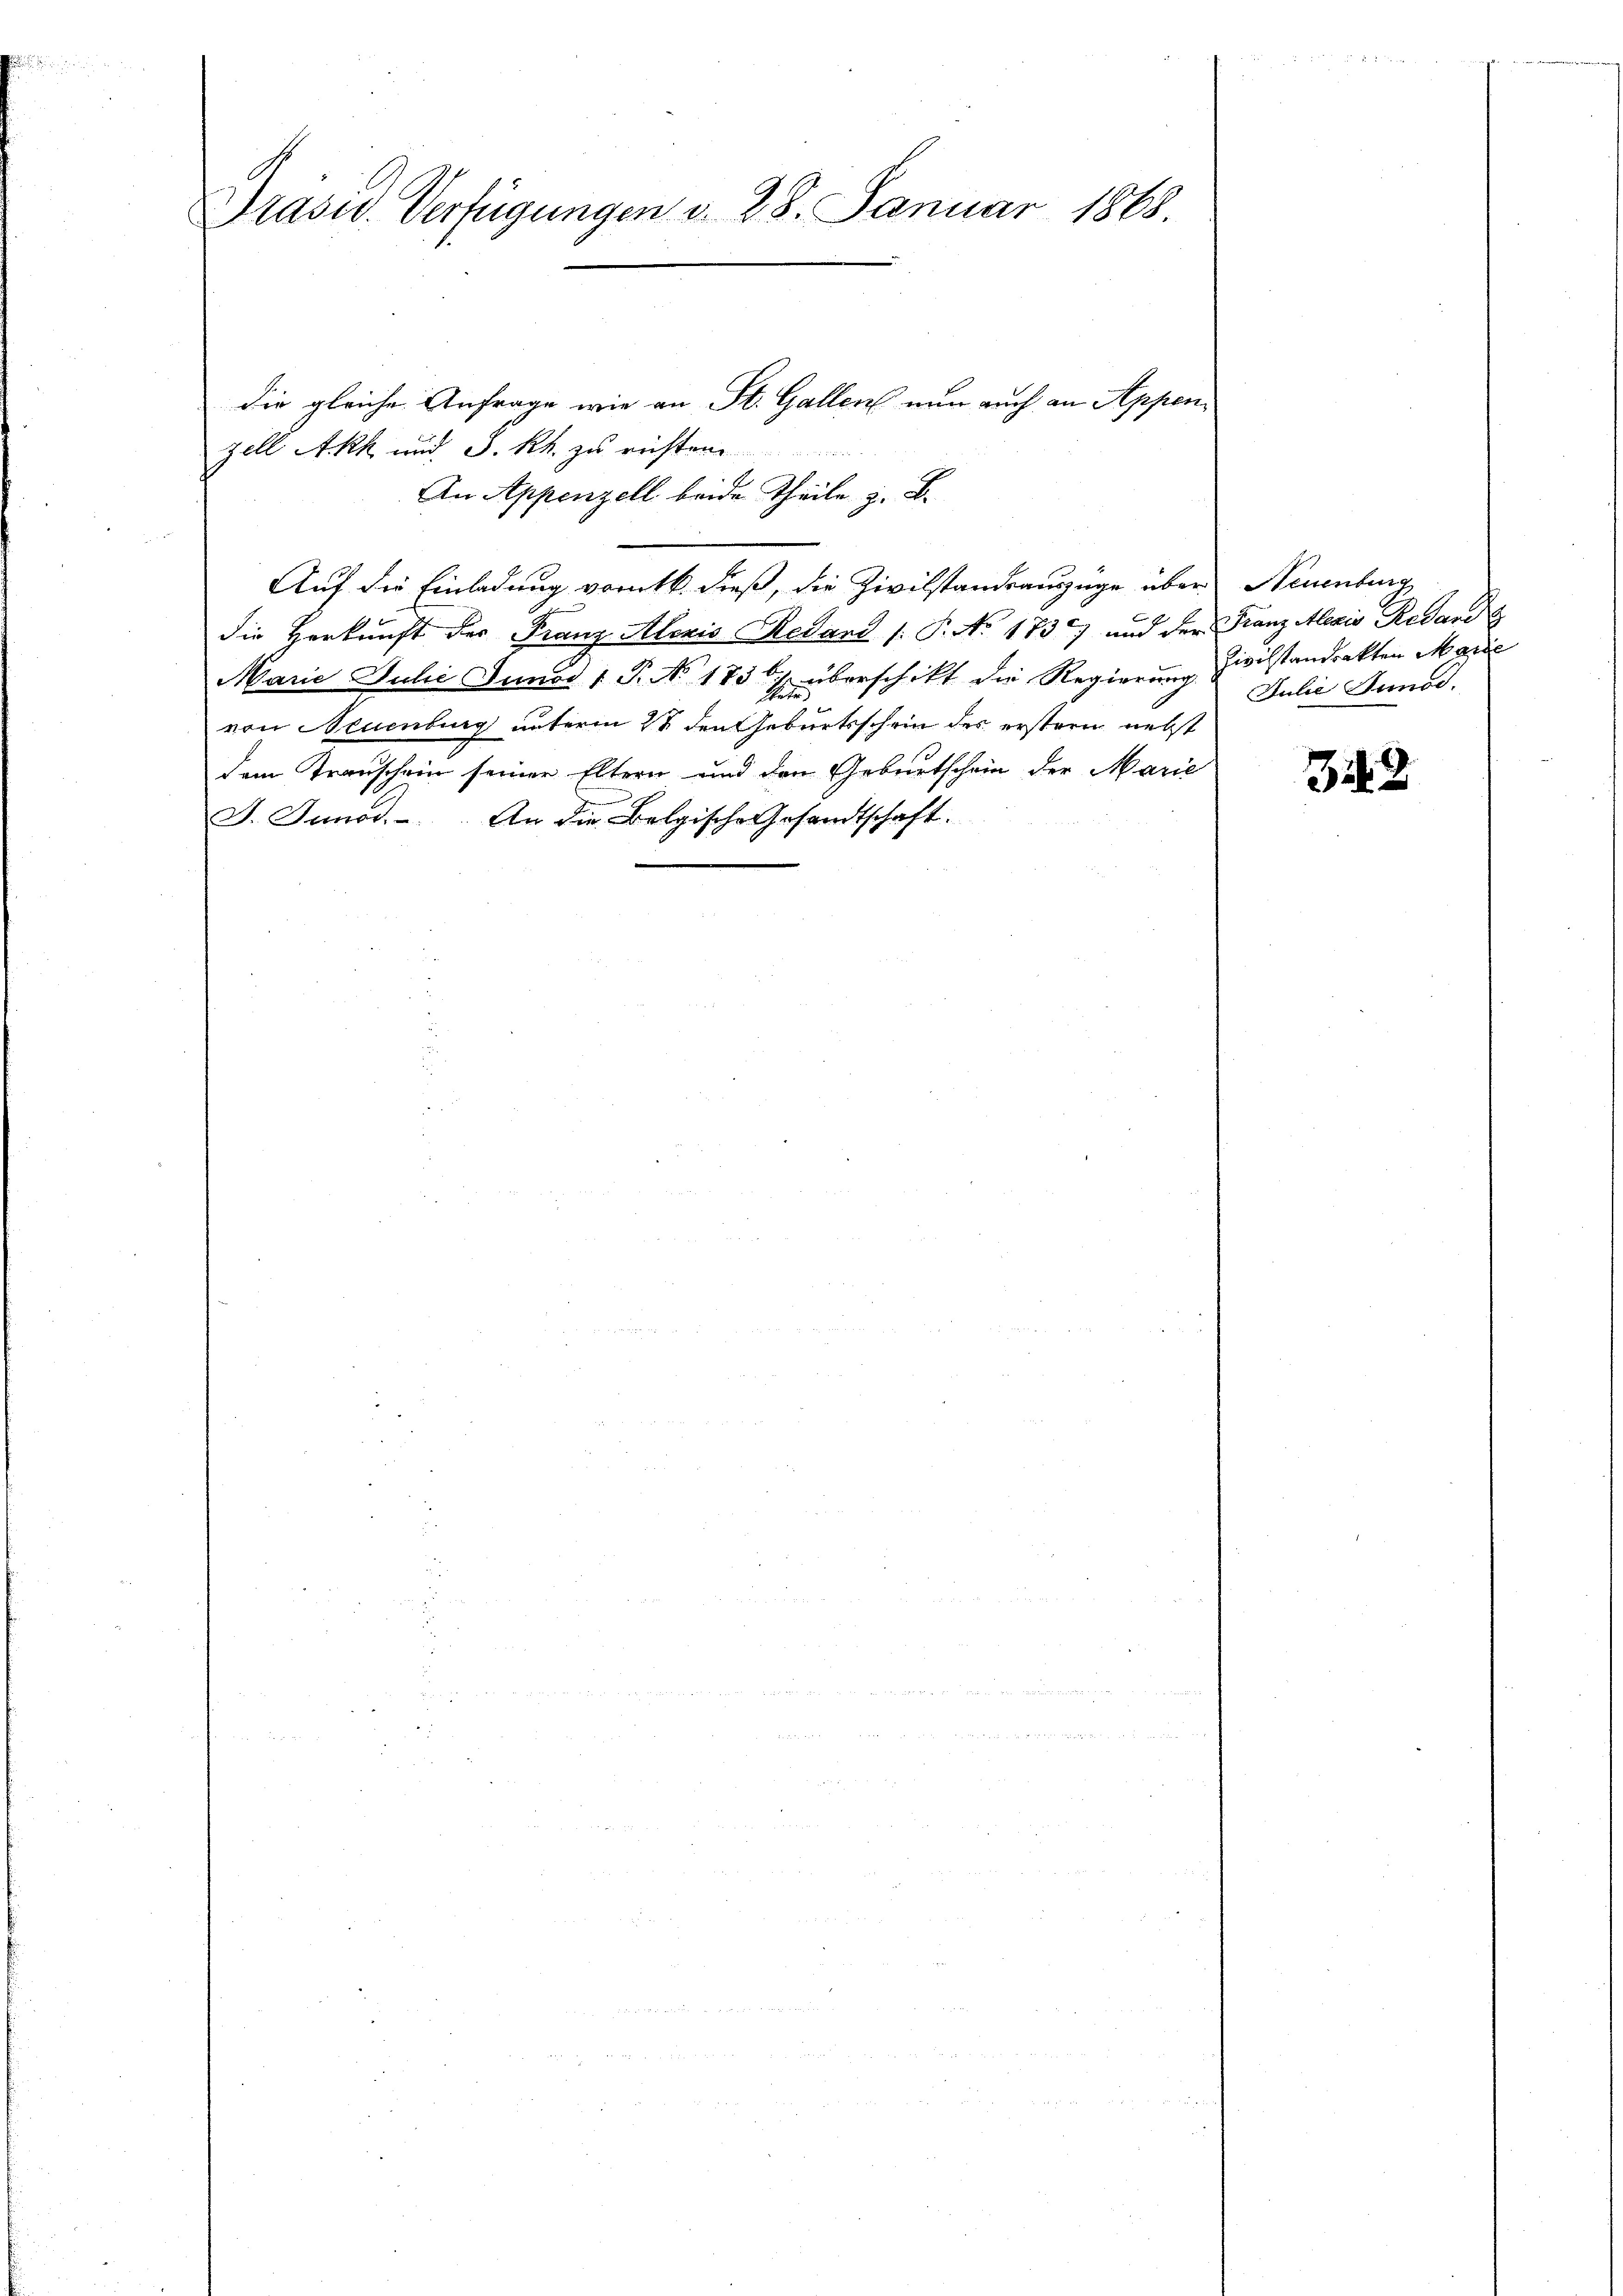
Präsid. Verfügungen d. 28. Januar 1868.

die gleiche Anfrage wie an St. Gallen nun auch an Appen¬
Auf die Einladung vorett. dieß, die Zivilstandsauszüge über¬

zell Akk und J. Rh. zu richten..............
An Appenzell beide Theile z. B.
die Herkunft der Franz Aleris Redant /: P. No. 173 und der Franz Alexis Resand
Marie Juli Junor 1 P. No. 1836. überschikt die Regierung zivilstandrakten Marie
von Neuenburg unterm 24 den Geburtsschein des ersteren nebst
dem Transchein seiner Eltern und den Geburtschein der Marie
J. Iunos. An die Belgische Gesandtschaft.

Neuenburg
Julie Fundd.

Bi